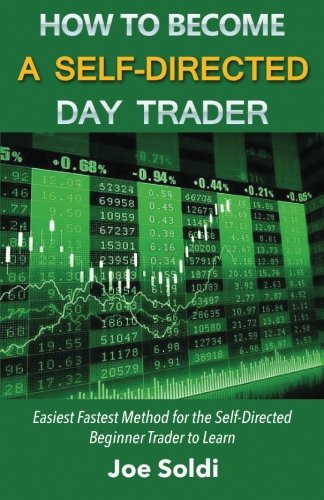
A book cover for How to become a Self-Directed Day Trader; Joe Soldi; Business & Money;